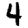
Digit: 4